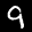
Label: 9